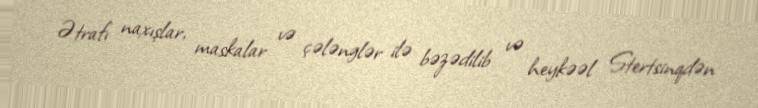
Ətrafı naxışlar, maskalar və çələnglər ilə bəzədilib və heykəəl Stertsinqdən